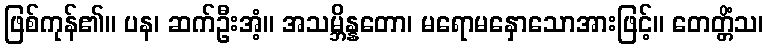
ဖြစ်ကုန်၏။ ပန၊ ဆက်ဦးအံ့။ အသမ္ဘိန္နတော၊ မရောမနှောသောအားဖြင့်။ တေတ္တိံသ၊